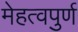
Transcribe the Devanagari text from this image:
मेहत्वपुर्ण